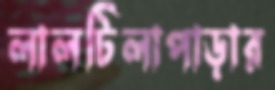
লালটিলাপাড়ার